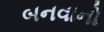
બનવાનો